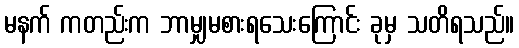
မနက် ကတည်းက ဘာမျှမစားရသေးကြောင်း ခုမှ သတိရသည်။